Indian journal of veterinary science and animal husbandry - Volume 8,
Year: 1938
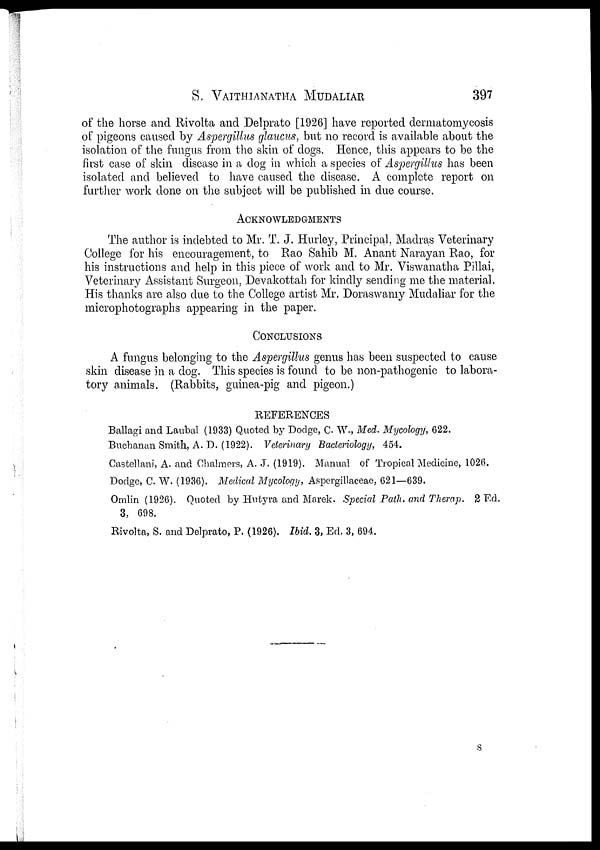
S.
VAITHIANATHA
MUDALIAR
397
of the horse and Rivolta and Delprato [1926] have reported dermatomycosis
of pigeons caused by Aspergillus glaucus, but no record is available about the
isolation of the fungus from the skin of dogs. Hence, this appears to be the
first case of skin disease in a dog in which a species of Aspergillus has been
isolated and believed to have caused the disease. A complete report on
further work done on the subject will be published in due course.
ACKNOWLEDGMENTS
The author is indebted to Mr. T. J. Hurley, Principal, Madras Veterinary
College for his encouragement, to Rao Sahib M. Anant Narayan Rao, for
his instructions and help in this piece of work and to Mr. Viswanatha Pillai,
Veterinary Assistant Surgeon, Devakottah for kindly sending me the material.
His thanks are also due to the College artist Mr. Doraswamy Mudaliar for the
microphotographs appearing in the paper.
CONCLUSIONS
A fungus belonging to the Aspergillus genus has been suspected to cause
skin disease in a dog. This species is found to be non-pathogenic to labora-
tory animals. (Rabbits, guinea-pig and pigeon.)
REFERENCES
Ballagi and Laubal (1933) Quoted by Dodge, C. W., Med. Mycology, 622.
Buchanan Smith, A. D. (1922). Veterinary Bacteriology, 454.
Castellani, A. and Chalmers, A. J. (1919). Manual of Tropical Medicine, 1026.
Dodge, C. W. (1936). Medical Mycology, Aspergillaceae, 621—639.
Omlin (1926). Quoted by Hutyra and Marek. Special Path. and Therap. 2 Ed.
3, 698.
Rivolta, S. and Delprato, P. (1926). Ibid. 3, Ed. 3, 694.